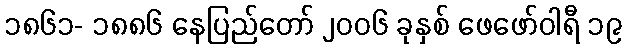
၁၈၆၁- ၁၈၈၆ နေပြည်တော် ၂၀၀၆ ခုနှစ် ဖေဖော်ဝါရီ ၁၉